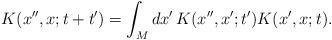
LaTeX: \begin{align*}K (x'',x; t+t')= \int_M dx' \, K (x'',x';t') K (x',x;t).\end{align*}